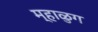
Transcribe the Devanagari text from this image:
म्हाळुग